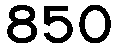
850